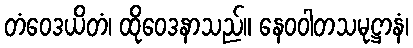
တံဝေဒယိတံ၊ ထိုဝေဒနာသည်။ နေဝဝါတသမုဋ္ဌာနံ၊